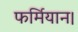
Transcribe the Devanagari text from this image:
फर्मियान।